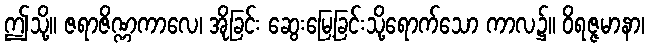
ဤသို့။ ဇရာဇိဏ္ဏကာလေ၊ အိုခြင်း ဆွေးမြေ့ခြင်းသို့ရောက်သော ကာလ၌။ ဝိရဇ္ဇမာနာ၊